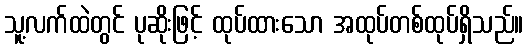
သူ့လက်ထဲတွင် ပုဆိုးဖြင့် ထုပ်ထားသော အထုပ်တစ်ထုပ်ရှိသည်။